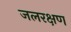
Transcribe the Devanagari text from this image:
जलरक्षण